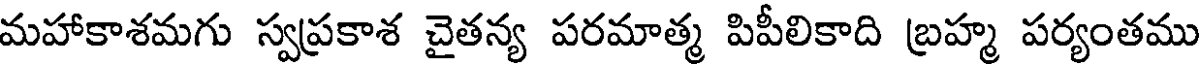
మహాకాశమగు స్వప్రకాశ చైతన్య పరమాత్మ పిపీలికాది బ్రహ్మ పర్యంతము